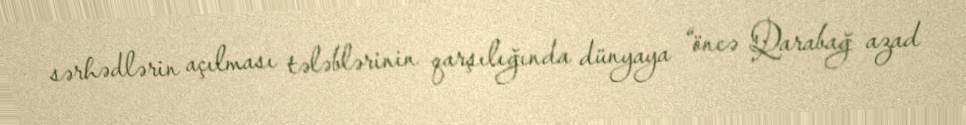
sərhədlərin açılması tələblərinin qarşılığında dünyaya “öncə Qarabağ azad